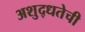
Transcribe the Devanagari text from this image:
अशुद्धतेची